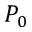
P _ { 0 }